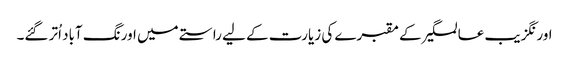
اورنگزیب عالمگیر کے مقبرے کی زیارت کے لیے راستے میں اورنگ آباد اُتر گئے۔